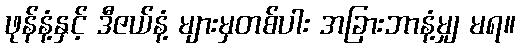
ဖုန်နံ့နှင့် ဒီဇယ်နံ့ များမှတစ်ပါး အခြားဘာနံ့မျှ မရ။